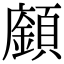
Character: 𩕅